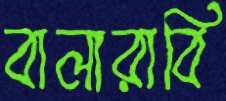
বালারাবি